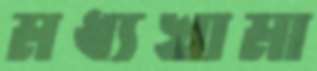
মধ্যখামা